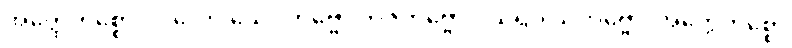
အတ္ထေကစ္စော ပုဂ္ဂလော သေဝိတဗ္ဗော ဘဇိတဗ္ဗော ပယိရုပါသိတဗ္ဗော၊ အတ္ထေကစ္စော